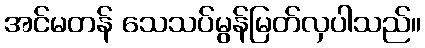
အင်မတန် သေသပ်မွန်မြတ်လှပါသည်။